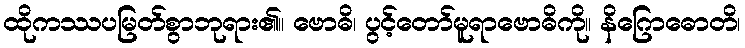
ထိုကဿပမြတ်စွာဘုရား၏။ ဗောဓိ၊ ပွင့်တော်မူရာဗောဓိကို။ နိဂြောဓောတိ၊